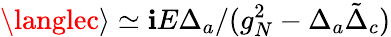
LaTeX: \langlec\rangle\simeq\mathbf{i}E\Delta_{a}/(g_{N}^{2}-\Delta_{a}\tilde{{\Delta}}_{c})